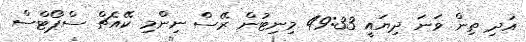
އަދި ތިން ވަނަ ދިޔައީ 49:33 މިނިޓުން ރޭސް ނިންމި ކޭއެޗް ސްޕޯޓްސް